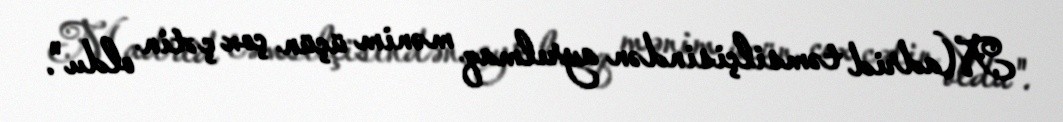
Madrid təmsilçisindən ayrılmaq mənim üçün çox çətin oldu".